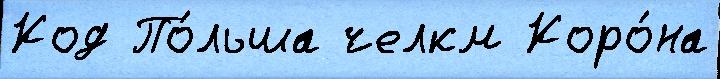
Код По́льша челкм Коро́на